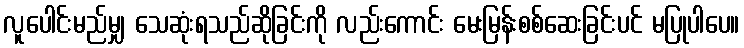
လူပေါင်းမည်မျှ သေဆုံးရသည်ဆိုခြင်းကို လည်းကောင်း မေးမြန်းစစ်ဆေးခြင်းပင် မပြုပါပေ။